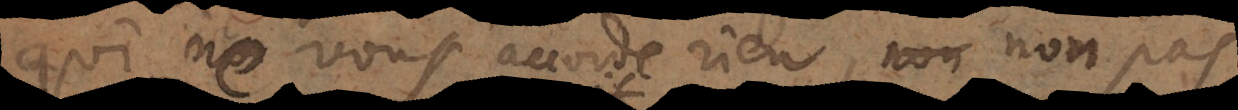
qui ne vous accorde rien, non pas